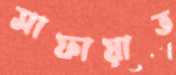
সাফায়াত